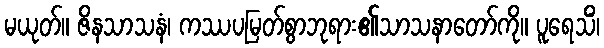
မယုတ်။ ဇိနသာသနံ၊ ကဿပမြတ်စွာဘုရား၏သာသနာတော်ကို။ ပူရေသိံ၊